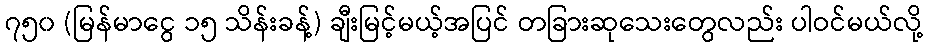
၇၅၀ (မြန်မာငွေ ၁၅ သိန်းခန့်) ချီးမြင့်မယ့်အပြင် တခြားဆုသေးတွေလည်း ပါဝင်မယ်လို့